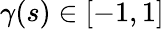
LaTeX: \gamma(s)\in[-1,1]